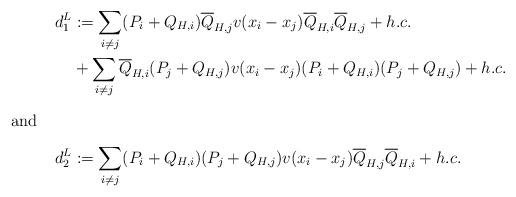
LaTeX: \begin{align*}d_{1}^L &:= \sum_{i \neq j} (P_i + Q_{H,i})\overline{Q}_{H,j} v(x_i-x_j) \overline{Q}_{H,i} \overline{Q}_{H,j} + h.c. \\&+ \sum_{i \neq j} \overline{Q}_{H,i} (P_j + Q_{H,j}) v(x_i-x_j) (P_i + Q_{H,i})(P_j + Q_{H,j}) + h.c. \intertext{and}d_2^L &:= \sum_{i \neq j} (P_i + Q_{H,i})(P_j + Q_{H,j}) v(x_i-x_j) \overline{Q}_{H,j} \overline{Q}_{H,i} +h.c. \end{align*}